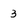
Character: 3